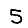
Digit: 5